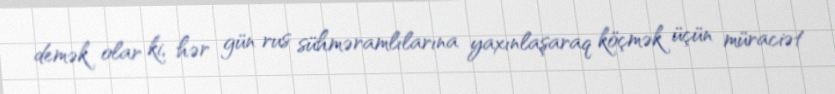
demək olar ki, hər gün rus sühməramlılarına yaxınlaşaraq köçmək üçün müraciət